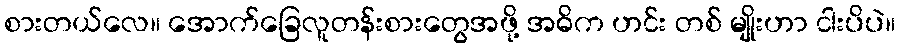
စားတယ်လေ။ အောက်ခြေလူတန်းစားတွေအဖို့ အဓိက ဟင်း တစ် မျိုးဟာ ငါးပိပဲ။